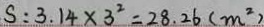
S : 3 . 1 4 \times 3 ^ { 2 } = 2 8 . 2 6 ( m ^ { 2 } )